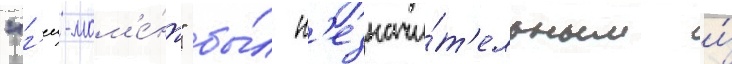
"г'еи-мом'е́нт" бы́л н'езначи́т'ельным и́